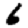
Digit: 6